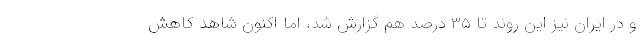
و در ایران نیز این روند تا ۳۵ درصد هم گزارش شد، اما اکنون شاهد کاهش